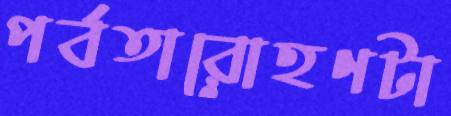
পর্বতারোহণটা